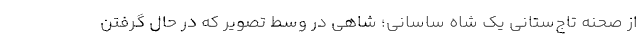
از صحنه تاج‌ستانی یک شاه ساسانی؛ شاهی در وسط تصویر که در حال گرفتن